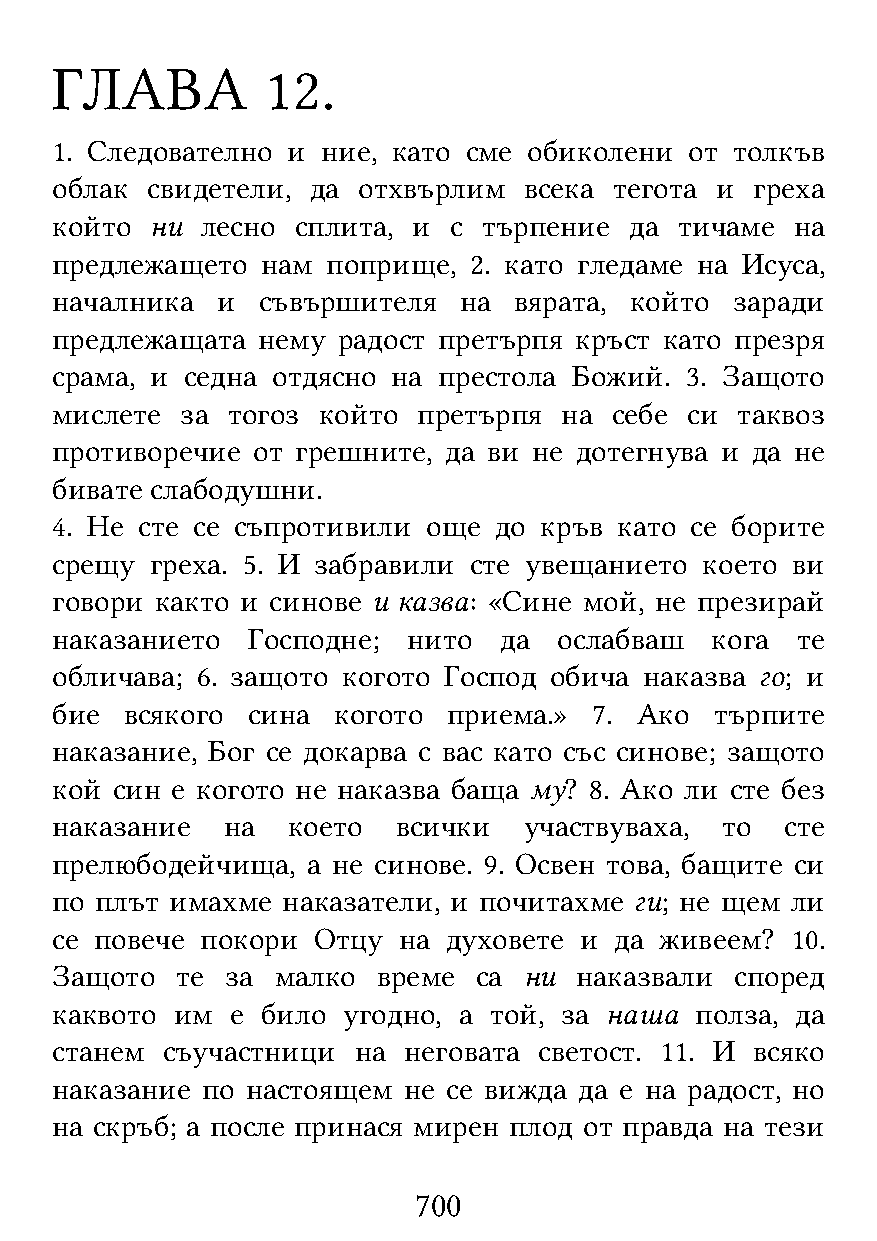
ГЛАВА          12.
 1. Следователно и ние, като сме обиколени  от толкъв
 облак  свидетели, да отхвърлим  всека тегота и греха
 който  ни лесно  сплита, и с търпение  да тичаме  на
 предлежащето  нам  поприще, 2. като гледаме на Исуса,
 началника  и  съвършителя  на  вярата, който  заради
 предлежащата  нему радост претърпя кръст като презря
 срама, и седна отдясно на престола Божий. 3. Защото
 мислете  за тогоз който  претърпя на  себе си таквоз
 противоречие  от грешните, да ви не дотегнува и да не
 бивате слабодушни.
 4. Не сте се съпротивили още  до кръв като се борите
 срещу  греха. 5. И забравили сте увещанието което ви
 говори както и синове и казва: «Сине мой, не презирай
 наказанието  Господне;  нито  да  ослабваш  кога  те
 обличава; 6. защото когото Господ обича наказва го; и
 бие  всякого сина  когото  приема.» 7. Ако  търпите
 наказание, Бог се докарва с вас като със синове; защото
 кой син е когото не наказва баща му? 8. Ако ли сте без
 наказание   на  което  всички   участвуваха, то  сте
 прелюбодейчища,  а не синове. 9. Освен това, бащите си
 по плът имахме  наказатели, и почитахме ги; не щем ли
 се повече покори  Отцу на духовете и  да живеем? 10.
 Защото   те за малко  време  са ни наказвали  според
 каквото им  е било  угодно, а той, за наша полза, да
 станем  съучастници на  неговата светост. 11. И всяко
 наказание по настоящем  не се вижда да е на радост, но
 на скръб; а после принася мирен плод от правда на тези
 700